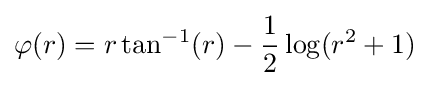
\varphi (r)=r\tan ^{-1}(r)-{\frac {1}{2}}\log(r^{2}+1)